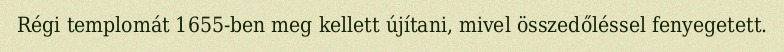
Régi templomát 1655-ben meg kellett újítani, mivel összedőléssel fenyegetett.